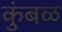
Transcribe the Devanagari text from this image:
कुंबळ